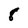
Character: 8